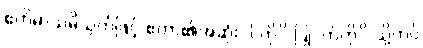
ဧတိမာသမိသုတ်ဖြင့် ဧတာ၏အဆုံး -ါ ကို -ိ ပြု, တ်ကို -ိ သို့ကပ်